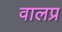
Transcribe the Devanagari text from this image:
वालप्र